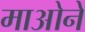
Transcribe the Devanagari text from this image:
माओने